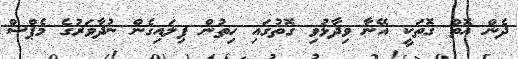
ދެން އޮތް ގޮތަކީ އޭނާ ވިދާޅުވި ގޮތުގައި ހިތުން ފިލައިގެން ނުދާވަރުގެ މެޕްސް